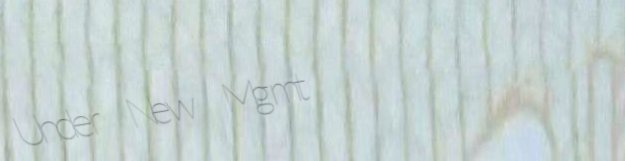
Under New Mgmt